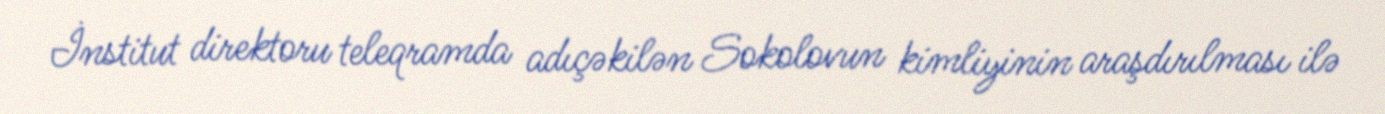
İnstitut direktoru teleqramda adıçəkilən Sokolovun kimliyinin araşdırılması ilə